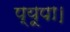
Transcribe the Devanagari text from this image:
प्यूपा।